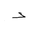
Letter: _dal